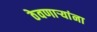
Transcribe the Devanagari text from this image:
ठेवणाऱ्यांना